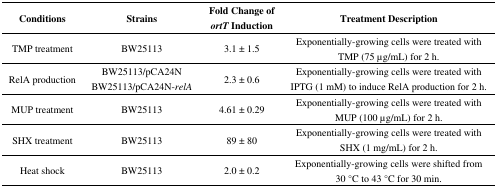
| Conditions | Strains | Fold Change of ortT Induction | Treatment Description |
 | --- | --- | --- | --- |
 | TMP treatment | BW25113 | 3.1 ± 1.5 | Exponentially-growing cells were treated with TMP (75 μg/mL) for 2 h. |
 | RelA production | BW25113/pCA24N BW25113/pCA24N-relA | 2.3 ± 0.6 | Exponentially-growing cells were treated with IPTG (1 mM) to induce RelA production for 2 h. |
 | MUP treatment | BW25113 | 4.61 ± 0.29 | Exponentially-growing cells were treated with MUP (100 μg/mL) for 2 h. |
 | SHX treatment | BW25113 | 89 ± 80 | Exponentially-growing cells were treated with SHX (1 mg/mL) for 2 h. |
 | Heat shock | BW25113 | 2.0 ± 0.2 | Exponentially-growing cells were shifted from 30 °C to 43 °C for 30 min. |